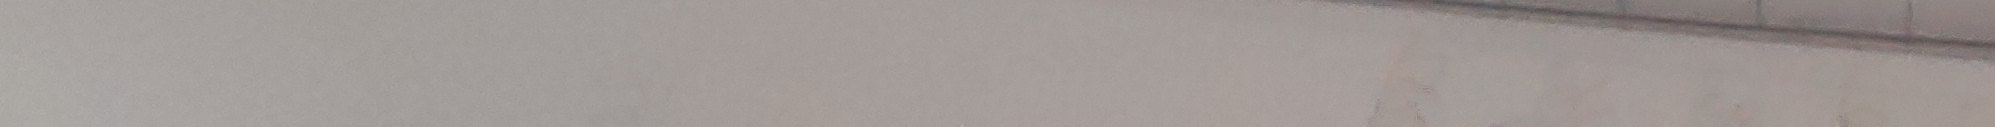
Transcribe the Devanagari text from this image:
परमानन्द